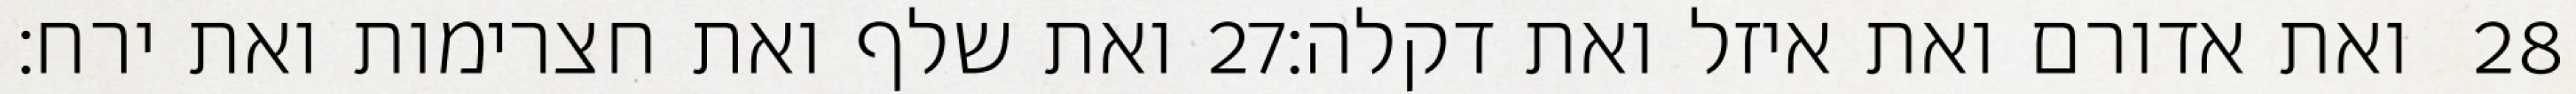
ואת שלף ואת חצרימות ואת ירח׃ ‎27‏ ואת אדורם ואת איזל ואת דקלה׃ ‎28‏